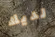
لديك